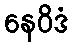
နေဝိဒံ